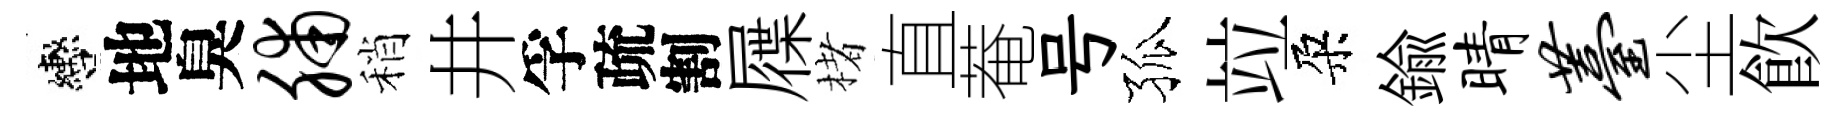
轡地臭脯稍井孚疏割屧楮直菴号孤竝朶鍮睛薹尘飮